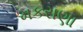
મકરાણા